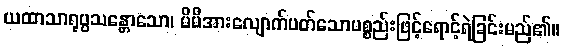
ယထာသာရုပ္ပသန္တောသော၊ မိမိအားလျောက်ပတ်သောပစ္စည်းဖြင့်ရောင့်ရဲခြင်းမည်၏။